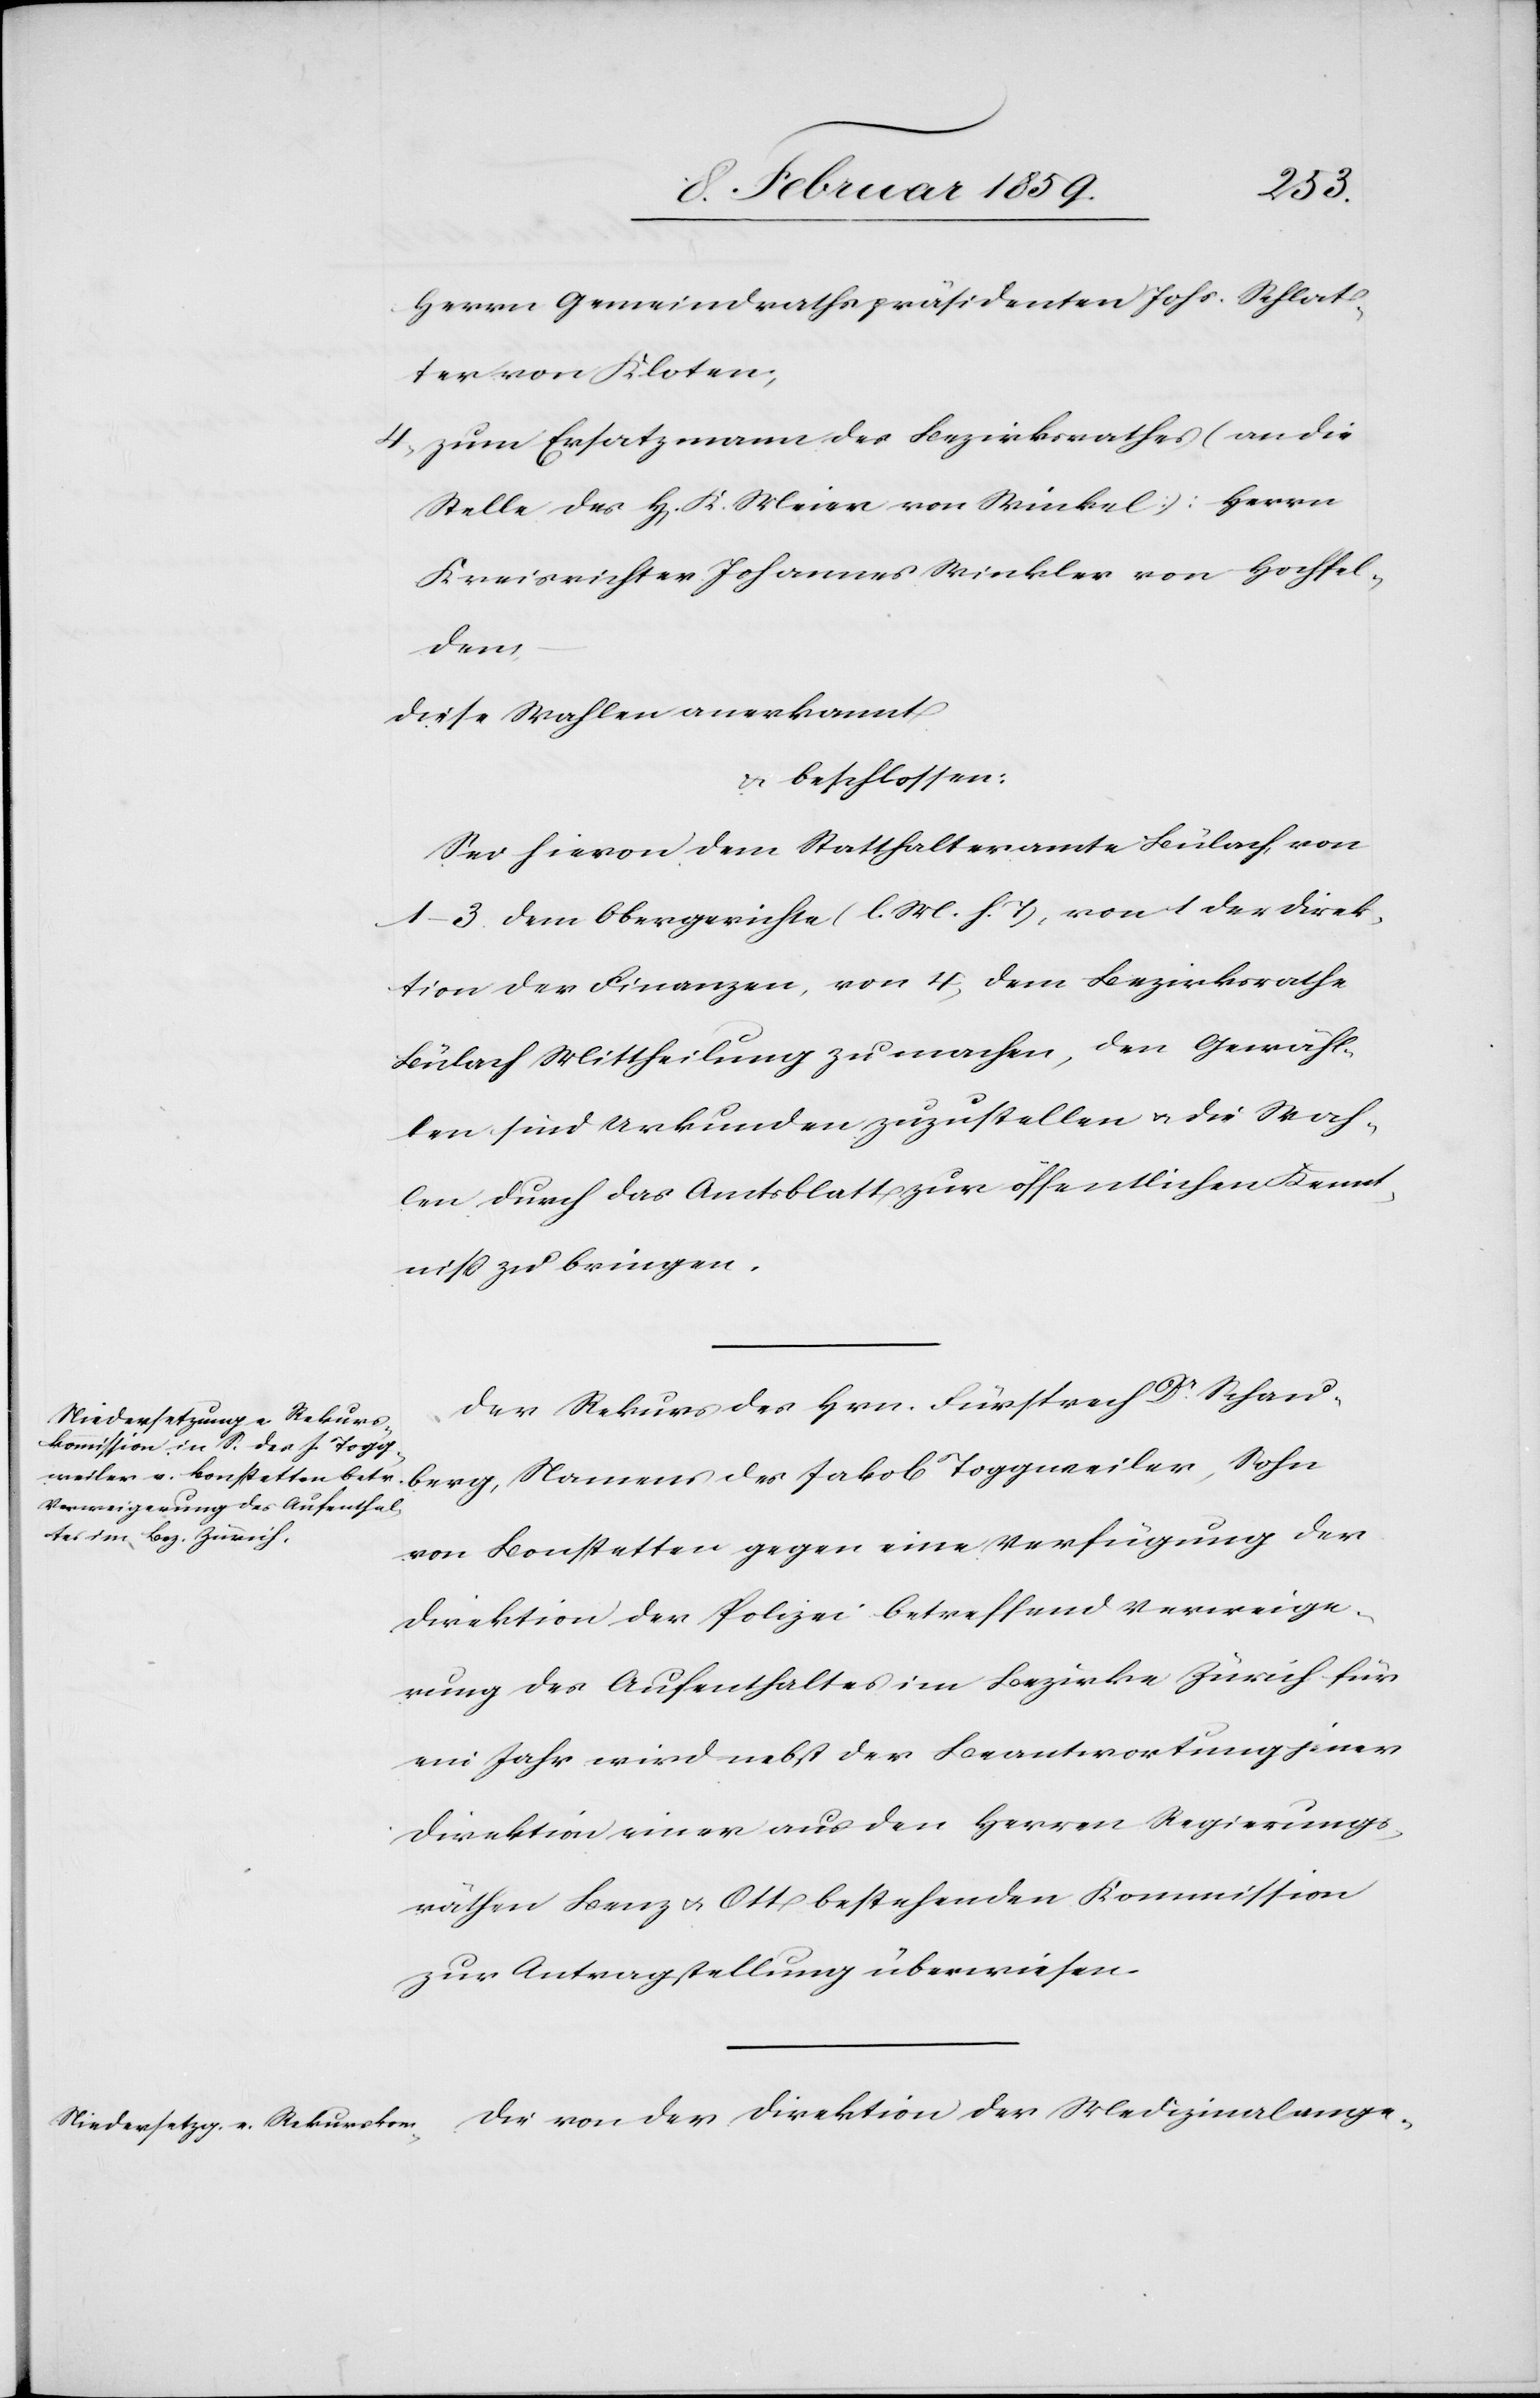
Herrn Gemeindrathspräsidenten Johs. Schlat¬
ter von Kloten;
4, zum Ersatzmann des Bezirksrathes (an die
Stelle des H[errn] K. Meier von Winkel): Herrn
Kreisrichter Johannes Winkler von Hochfel¬
berg,
diese Wahl anerkannt
u. beschlossen:
Sei hievon dem Statthalteramte Bülach, von
1–3 dem Obergerichte (l. M. h. T), von 1 der Direk¬
tion der Finanzen, von 4, dem Bezirksrathe
Bülach Mittheilung zu machen, den Gewähl¬
ten sind Urkunden zuzustellen u. die Wah¬
len durch das Amtsblatt zur öffentlichen Kennt¬
niß zu bringen.
Der Rekurs des Hrn. Fürsprech Dr. Schau¬
von Bonstetten gegen eine Verfügung der
Direktion der Polizei betreffend Verweige¬
rung des Aufenthaltes im Bezirke Zürich für
ein Jahr wird nebst der Beantwortung jener
Direktion einer aus den Herren Regierungs¬
räthen Benz u. Ott bestehenden Kommission
zur Antragstellung überwiesen.